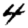
Digit: 4